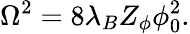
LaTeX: \Omega^{2}=8\lambda_{B}Z_{\phi}\phi_{0}^{2}.